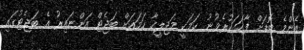
އެންމެ ބޮޑަށް ފާހަގަކުރެވުނު ކަމަކީ މަޖިލީހާ ހަމައަށް ބަޖެޓް އަންނައިރު އެ ބަޖެޓުގައި